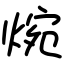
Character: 焥